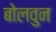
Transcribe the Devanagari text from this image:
बोलवुन